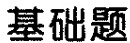
基础题